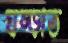
ঘষ্‌ড়াত